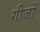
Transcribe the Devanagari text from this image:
गीजों